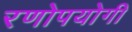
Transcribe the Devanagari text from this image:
रणोपयोगी